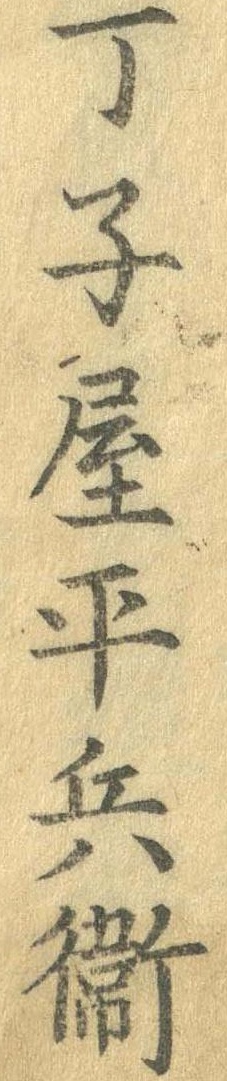
丁子屋平兵衛